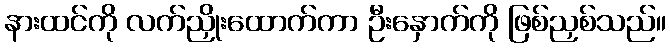
နားထင်ကို လက်ညှိုးထောက်ကာ ဦးနှောက်ကို ဖြစ်ညှစ်သည်။